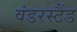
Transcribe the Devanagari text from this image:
वंडरस्टैंड